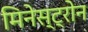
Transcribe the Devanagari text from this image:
मिनेस्ट्रोन